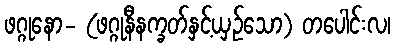
ဖဂ္ဂုနော- (ဖဂ္ဂုနီနက္ခတ်နှင့်ယှဉ်သော) တပေါင်းလ၊